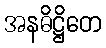
အနဓိဋ္ဌိတေ